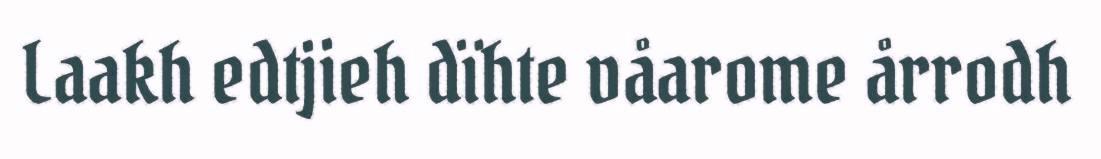
Laakh edtjieh dïhte våarome årrodh